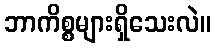
ဘာကိစ္စများရှိသေးလဲ။